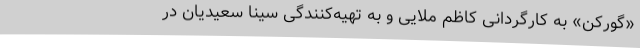
«گورکن» به کارگردانی کاظم ملایی و به تهیه‌کنندگی سینا سعیدیان در